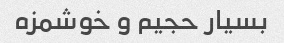
بسیار حجیم و خوشمزه